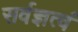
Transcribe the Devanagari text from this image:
सर्वज्ञत्वं